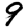
Digit: 9